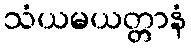
သံယမယတ္တာနံ